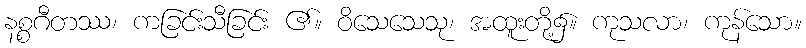
နစ္စဂီတဿ၊ ကခြင်းသီခြင်း ၏။ ဝိသေသေသု၊ အထူးတို့၌။ ကုသလာ၊ ကုန်သော။